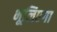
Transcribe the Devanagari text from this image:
भूलिएगा